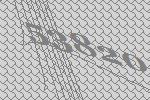
53820